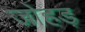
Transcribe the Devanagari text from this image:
जोहड़